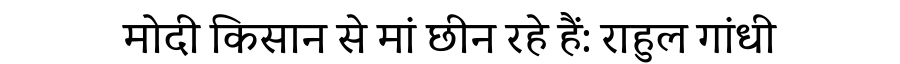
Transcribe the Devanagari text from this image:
मोदी किसान से मां छीन रहे हैं: राहुल गांधी